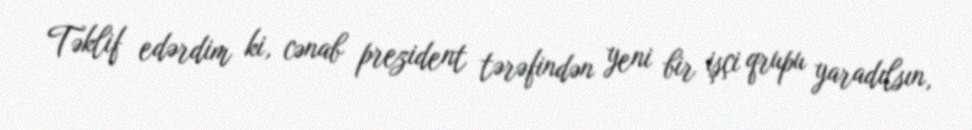
Təklif edərdim ki, cənab prezident tərəfindən yeni bir işçi qrupu yaradılsın,